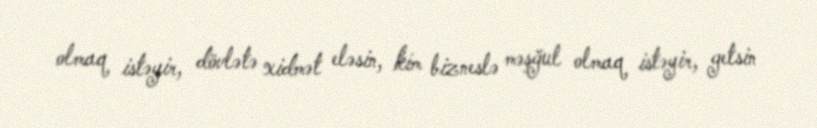
olmaq istəyir, dövlətə xidmət eləsin, kim bizneslə məşğul olmaq istəyir, getsin